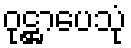
ဝုဋ္ဌာပေသုံ